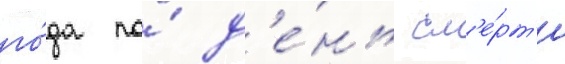
го́да по́ д'е́нь см'е́рт'и